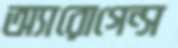
অ্যারোগেন্স